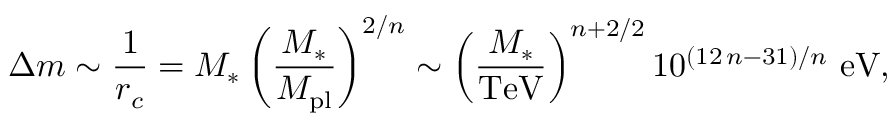
\Delta m \sim \frac { 1 } { r _ { c } } = M _ { * } \left( \frac { M _ { * } } { M _ { \mathrm { p l } } } \right) ^ { 2 / n } \sim \left( \frac { M _ { * } } { \mathrm { T e V } } \right) ^ { n + 2 / 2 } 1 0 ^ { ( 1 2 \, n - 3 1 ) / n } \, \, \mathrm { e V } ,